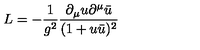
L = - { \frac { 1 } { g ^ { 2 } } } { \frac { \partial _ { \mu } u \partial ^ { \mu } \bar { u } } { ( 1 + u \bar { u } ) ^ { 2 } } }